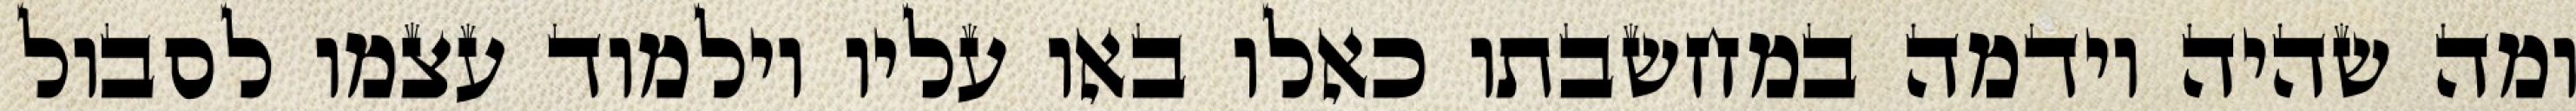
ומה שהיה וידמה במחשבתו כאלו באו עליו וילמוד עצמו לסבול